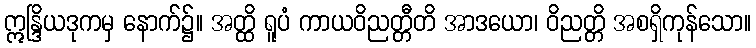
ဣန္ဒြိယဒုကမှ နောက်၌။ အတ္ထိ ရူပံ ကာယဝိညတ္တီတိ အာဒယော၊ ဝိညတ္တိ အစရှိကုန်သော။